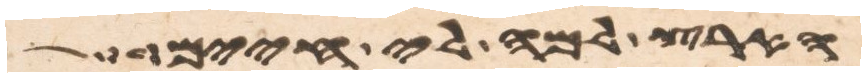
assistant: הארץ למה לי חיים